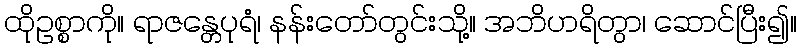
ထိုဥစ္စာကို။ ရာဇန္တေပုရံ၊ နန်းတော်တွင်းသို့။ အဘိဟရိတွာ၊ ဆောင်ပြီး၍။